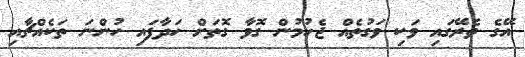
އޭގެ ތެރޭގައި ވަކި ވަގުތެއް ޖެހުމުން ގޮވާ ގޮތަށް ހަދާފައި ހުންނަ ތަކެއްޗާއި